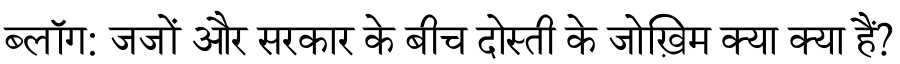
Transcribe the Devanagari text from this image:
ब्लॉग: जजों और सरकार के बीच दोस्ती के जोख़िम क्या क्या हैं?